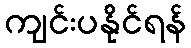
ကျင်းပနိုင်ရန်